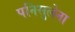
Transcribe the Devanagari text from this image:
पनिसुलेना